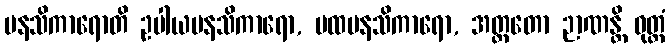
မနသိကာရောတိ ဥပါယမနသိကာရော, ပထမနသိကာရော, အတ္ထတော ဉာဏန္တိ ဝုတ္တံ